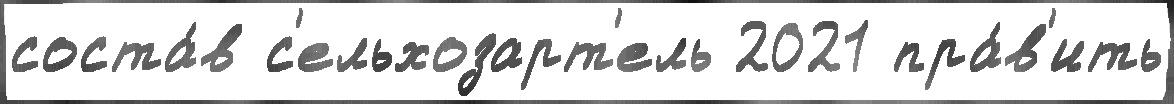
соста́в с'ельхозарт'ель 2021 пра́в'ить